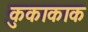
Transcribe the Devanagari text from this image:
कुकाकाक